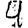
Digit: 4